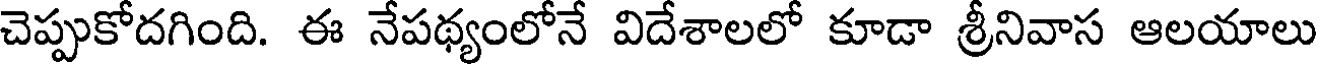
చెప్పుకోదగింది. ఈ నేపథ్యంలోనే విదేశాలలో కూడా శ్రీనివాస ఆలయాలు